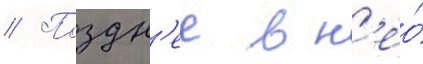
// Поздн'ее в н'ео́